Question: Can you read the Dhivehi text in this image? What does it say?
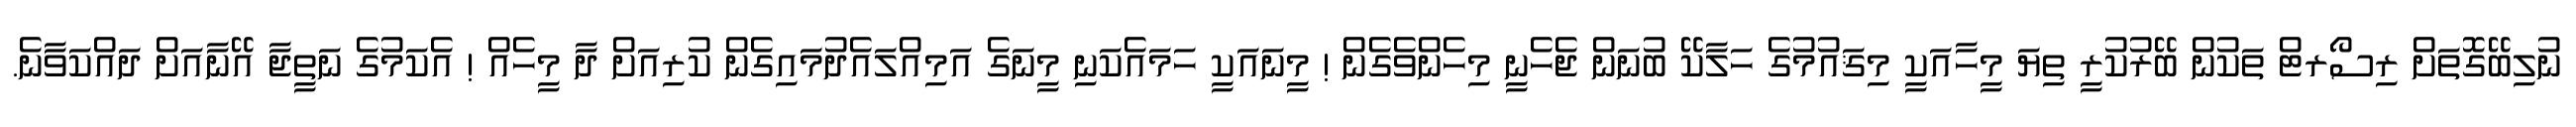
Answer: ނުލިބޭގޮތަށް ރިސޯރޓް ތަކުން ބޭރުކުރީ ތިޔަ މީހާއަކީ މިޤައުމުގެ ހަލާކޭ ބުނަން ޖެހެނީ މިހެންވެގެން ! މީނައަކީ ހަމައެކަނި މީނަގެ އަމިއްލައެދުމައިގެން ކުރިއަށް ދާ މީހެއް ! އެކަމުގެ ނަތީޖާ އޭނާއަށް ދައްކަވާނެ.